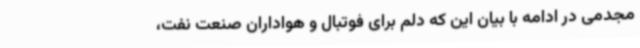
مجدمی در ادامه با بیان این که دلم برای فوتبال و هواداران صنعت نفت،